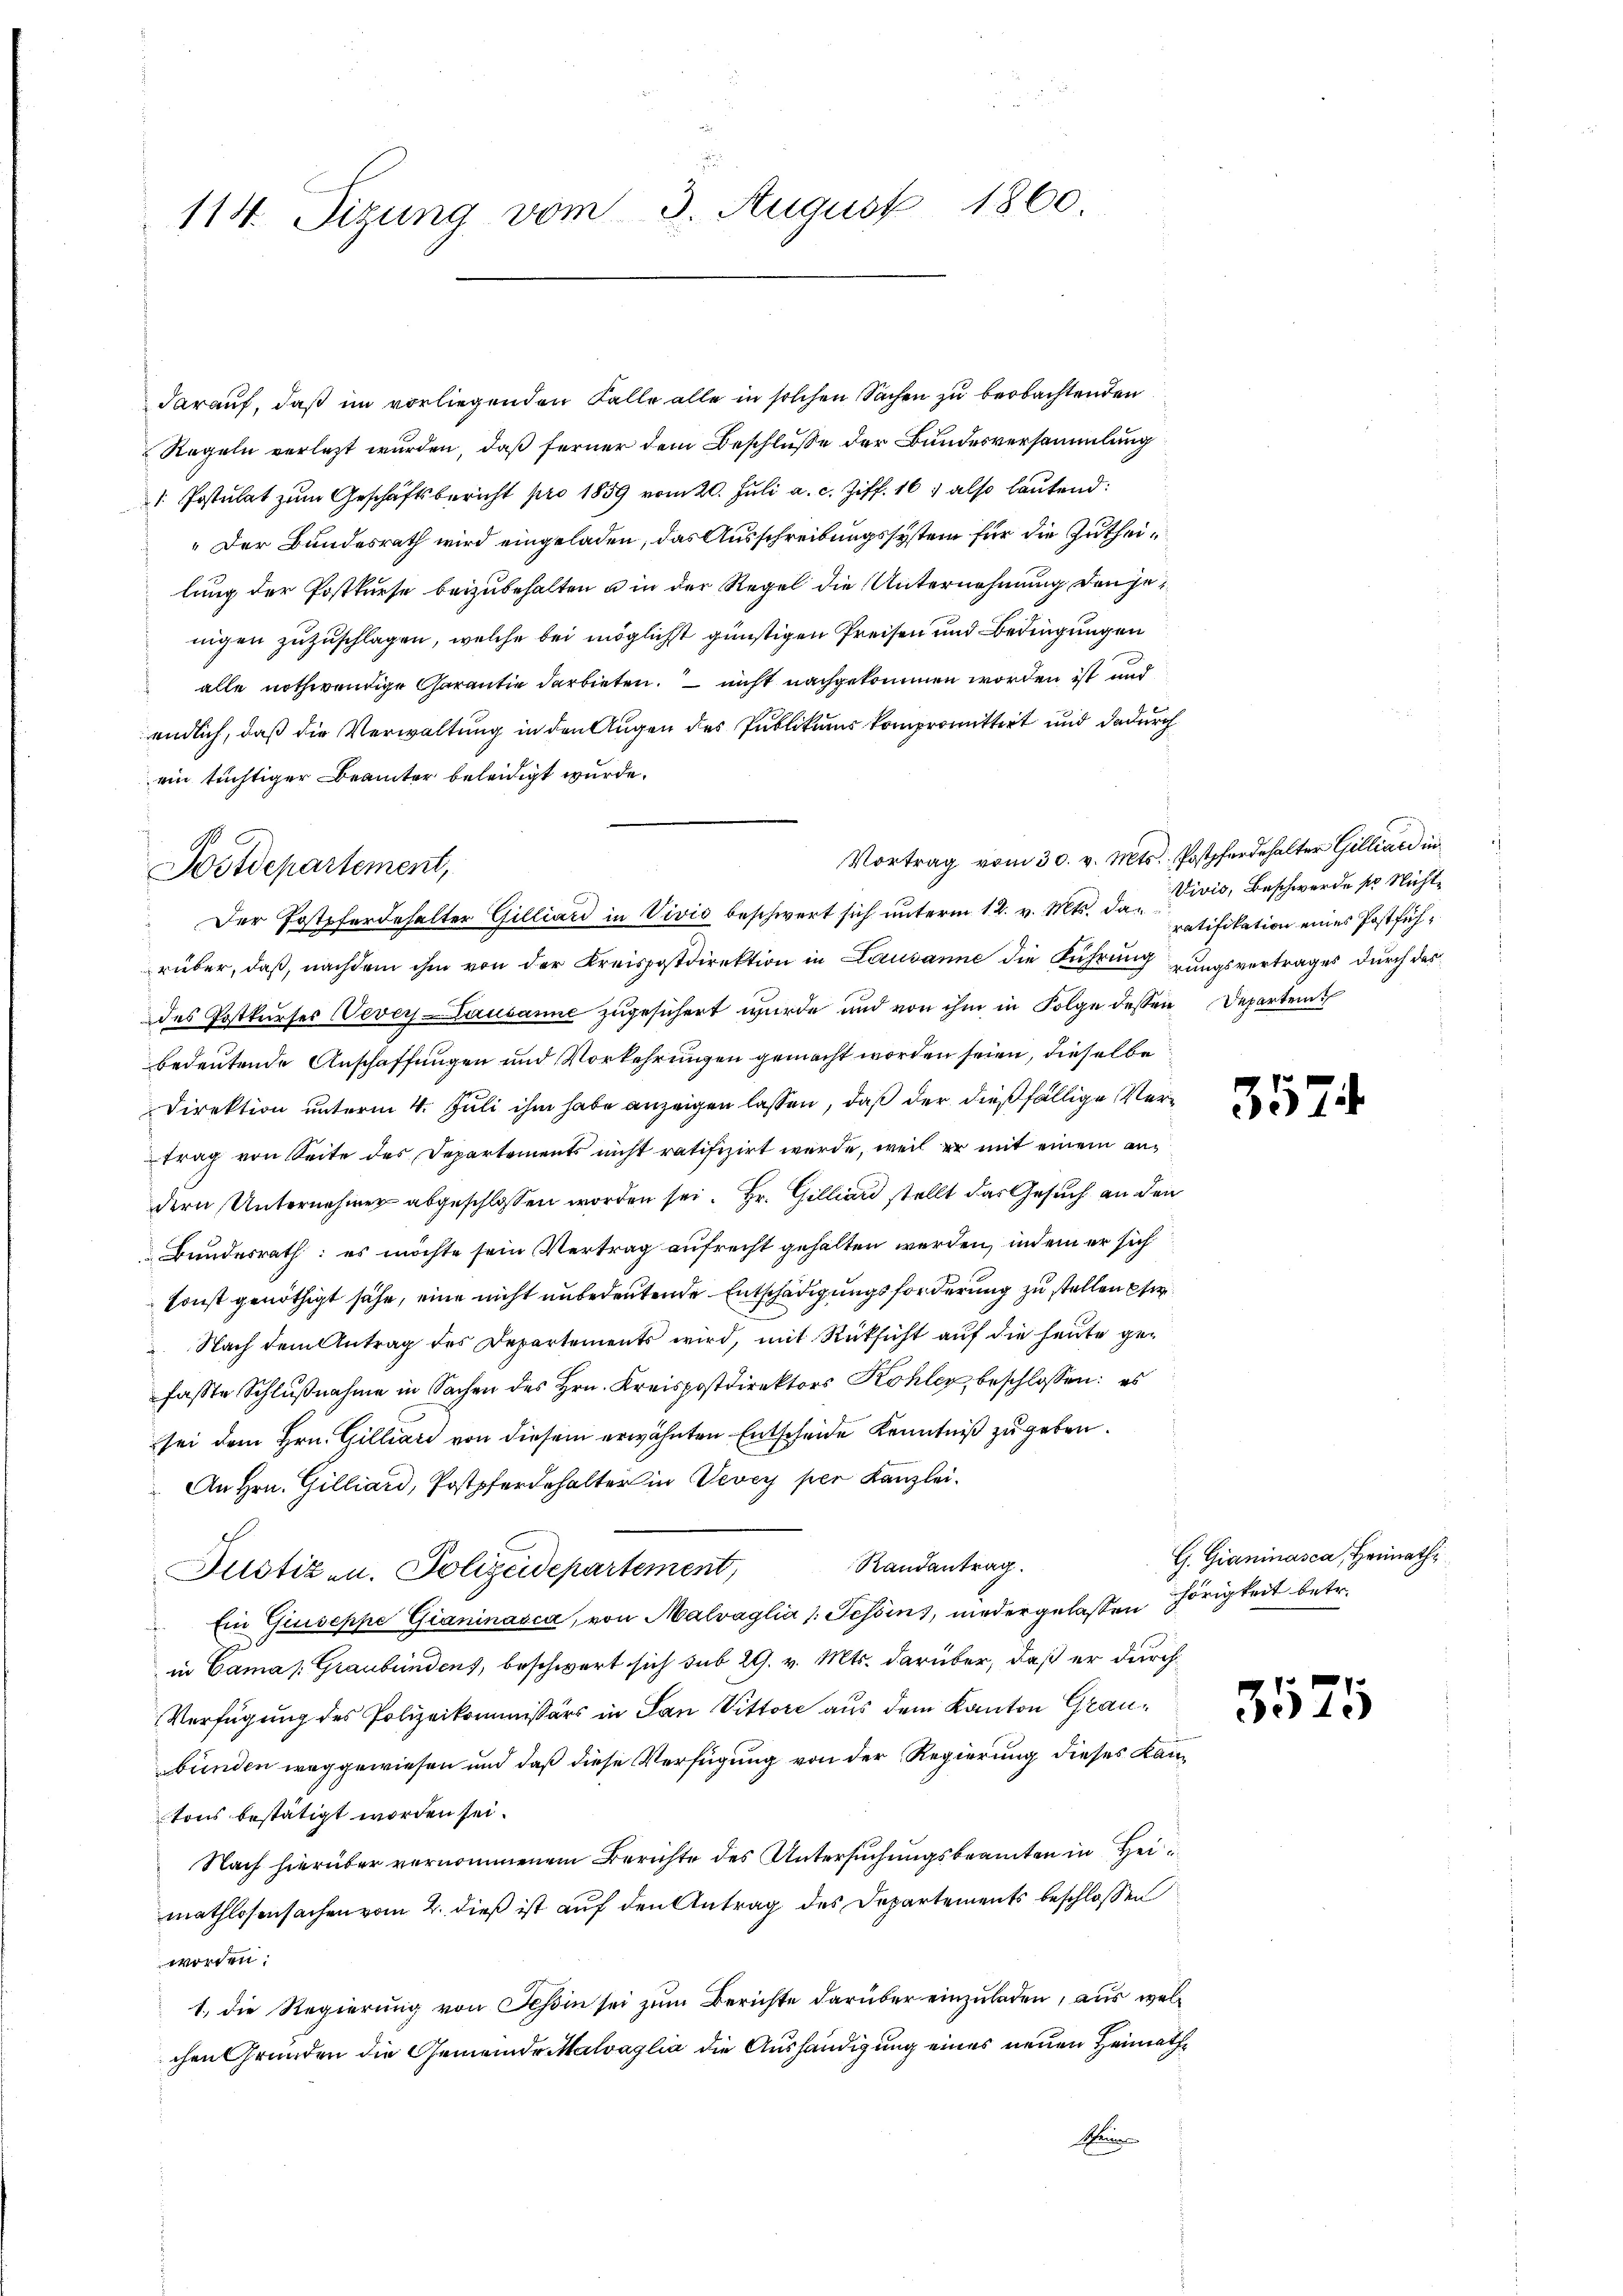
114. Tizung vom 3. August 1860.

darauf, daß im vorliegenden Falle alle in solchen Sachen zu beobachtenden
Regeln verletzt wurden, daß ferner dem Beschluße der Bundesversammlung
 Postulat zŭm Geschäftsbericht pro 1859 vom 20. Jŭli a. c. Ziff. 16, also lautend:
„Der Bundesrath wird eingeladen, das Ausschreibungssystem für die Zutheilung der Postkurse beizubehalten u in der Regel die Unternehmung den jenigen zuzuschlagen, welche bei möglichst günstigen Preisen und Bedingungen
alle nothwendige Garantie darbieten. – nicht nachgekommen worden ist und
endlich, daß die Verwaltung in den Augen des Publikums kompromittert und dadurch
ein tüchtiger Beamter beleidigt wurde.
Vortrag vom 30. v. Mts. Postpferdehalter Gilliard in
rüber, daß, nachdem ihm von der Kreispostdirektion in Lausanne die Führung zungsvertrages durch das
des Postkurses Vevey-Lausanne zugesichert wurde und von ihm in Folge dessen Departen
bedeutende Anschaffungen und Vorkehrungen gemacht worden seien, dieselbe
Direktion unterm 4. Juli ihm habe anzeigen lassen, daß der dießfällige Vertrag von Seite des Departements nicht ratifizirt werde, weil er mit einem andern Unternehmer abgeschlossen worden sei. Hr. Gilliard stellt das Gesuch an den
Bundesrath: es möchte sein Vertrag aufrecht gehalten werden, indem er sich
sonst genöthigt sähe, eine nicht unbedeutende Entschädigungsforderung zu stellen sie
 Nach dem Antrag des Departements wird, mit Rücksicht auf die heute gefasste Schlußnahme in Sachen des Hrn. Kreispostdirektors Kohler, beschlossen: es
sei dem Hrn. Gilliari von diesem erwähnten Entscheide Kenntniß zu geben.
An Hrn. Gilliard, Postpferdehalter in Vevey per Kanzlei.
Randantrag.
Justizen. Polizeidepartement,
Ein Giuseppe Gianinasca, von Malvaglia /: Tessin, niedergelassen Hörigkeit betr.
in Camas: Graubündens, beschwert sich sub 29. v. Mts. darüber, daß er durch
Verfügung des Polizeikommissärs in San Vittore aus dem Kanton Graubunden weggewiesen und daß diese Verfügung von der Regierung dieses Kantons bestätigt worden sei.
Nach hierüber vernommenem Berichte des Untersuchungsbeamten in Heimathlosensachen vom 2. dieß ist auf den Antrag des Departements beschlossen
worden:
1. die Regierung von Tessin sei zum Berichte darüber einzuladen, aus welchen Gründen die Gemeinde Malvaglia die Aushändigung eines neuen Heimath¬
Scheines

Postdepartement,
Der Postpferdehalter Gilliard in Vivio beschwert sich unterm 12. v. Mts. da Divis, Beschwerde pr Nicht

ratifikation eines Postfüh¬

3574

G. Gianinasca, Heimath¬

3575